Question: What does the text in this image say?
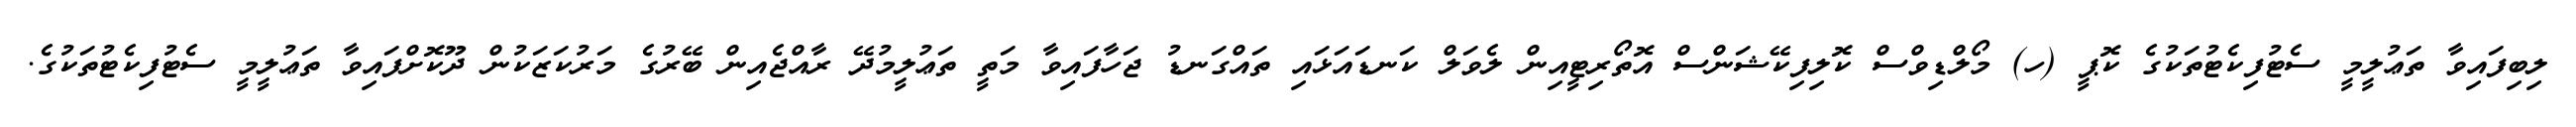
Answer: ލިބިފައިވާ ތަޢުލީމީ ސެޓުފިކެޓުތަކުގެ ކޮޕީ (ހ) މޯލްޑިވްސް ކޮލިފިކޭޝަންސް އޮތޯރިޓީއިން ލެވަލް ކަނޑައަޅައި ތައްގަނޑު ޖަހާފައިވާ މަތީ ތަޢުލީމުދޭ ރާއްޖެއިން ބޭރުގެ މަރުކަޒަކުން ދޫކޮށްފައިވާ ތަޢުލީމީ ސެޓުފިކެޓުތަކުގެ.